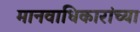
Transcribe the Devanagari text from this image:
मानवाधिकारांच्या